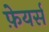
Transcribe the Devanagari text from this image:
फ़ेयर्स